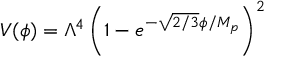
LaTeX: V ( \phi ) = \Lambda ^ { 4 } \left( 1 - e ^ { - { \sqrt { 2 / 3 } } \phi / M _ { p } } \right) ^ { 2 }